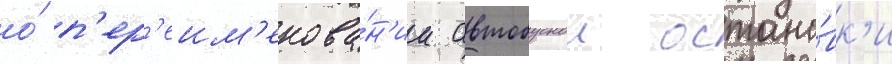
о́ п'ер'еим'енова́н'ии автобуснои остано́вк'и